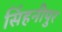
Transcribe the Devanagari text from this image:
सिंहनीपुर